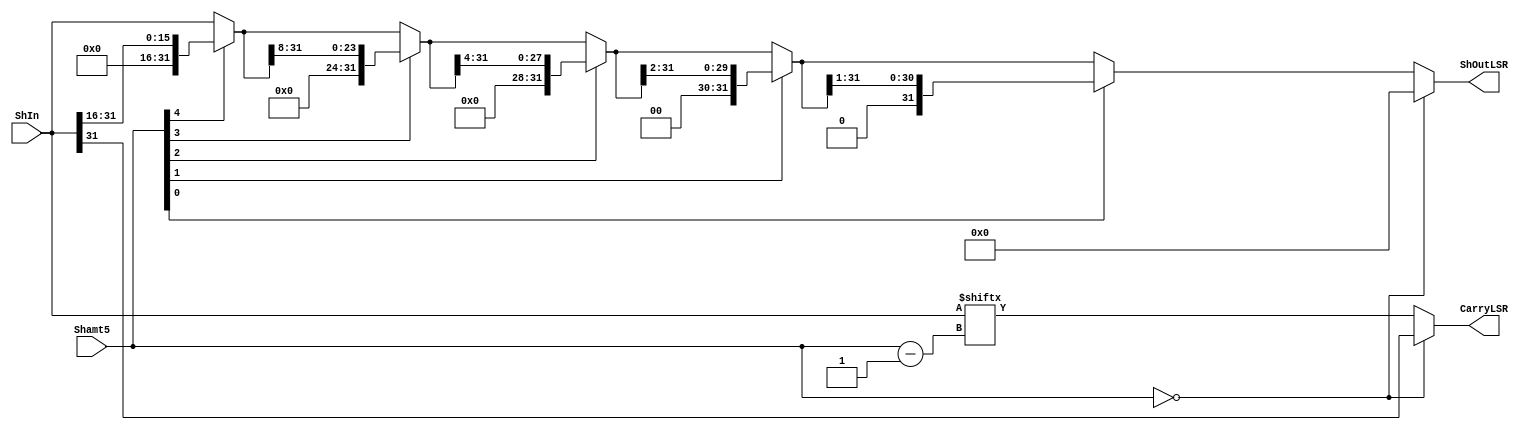
`timescale 1ns / 1ps
//////////////////////////////////////////////////////////////////////////////////
// Company: SUSTech
// Module Name: LSR
// Project Name: Processor
// Tool Versions: Vivado 2021.2
// Description: 
//
//////////////////////////////////////////////////////////////////////////////////


module LSR(
    input   [31:0]      ShIn,
    input   [4:0]       Shamt5,
    output  [31:0]      ShOutLSR,
    output              CarryLSR
    );
    
    wire [31:0] ShOutA;
    wire [31:0] ShOutB;
    wire [31:0] ShOutC;
    wire [31:0] ShOutD;
    wire [31:0] ShOutE;
    
    assign  ShOutA      =   Shamt5[4] ? {16'b0, ShIn[31:16]} : ShIn;
    assign  ShOutB      =   Shamt5[3] ? {8'b0,  ShOutA[31:8]} : ShOutA;
    assign  ShOutC      =   Shamt5[2] ? {4'b0,  ShOutB[31:4]} : ShOutB;
    assign  ShOutD      =   Shamt5[1] ? {2'b0,  ShOutC[31:2]} : ShOutC;
    assign  ShOutE      =   Shamt5[0] ? {1'b0,  ShOutD[31:1]} : ShOutD;

    assign  ShOutLSR    =   Shamt5 == 0 ? 0 : ShOutE;
    assign  CarryLSR    =   Shamt5 == 0 ? ShIn[31] : ShIn[Shamt5 - 1];
endmodule